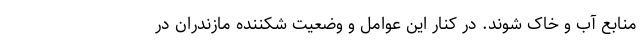
منابع آب و خاک شوند. در کنار این عوامل و وضعیت شکننده مازندران در